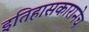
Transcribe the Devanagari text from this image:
इतिहासकारानेच